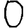
Digit: 0